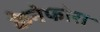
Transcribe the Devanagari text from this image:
केनेफोरा